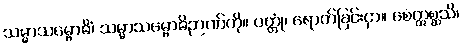
သမ္မာသမ္ဗောဓိံ၊ သမ္မာသမ္ဗောဓိဉာဏ်ကို။ ပတ္တုံ၊ ရောက်ခြင်းငှာ။ စေဣစ္ဆသိ၊